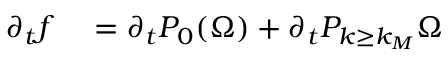
\begin{array} { r l } { \partial _ { t } f } & { { } = \partial _ { t } P _ { 0 } ( \Omega ) + \partial _ { t } P _ { k \geq k _ { M } } \Omega } \end{array}